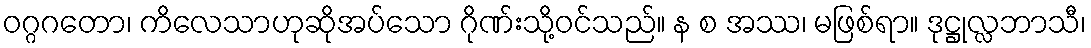
ဝဂ္ဂဂတော၊ ကိလေသာဟုဆိုအပ်သော ဂိုဏ်းသို့ဝင်သည်။ န စ အဿ၊ မဖြစ်ရာ။ ဒုဋ္ဌုလ္လဘာသီ၊